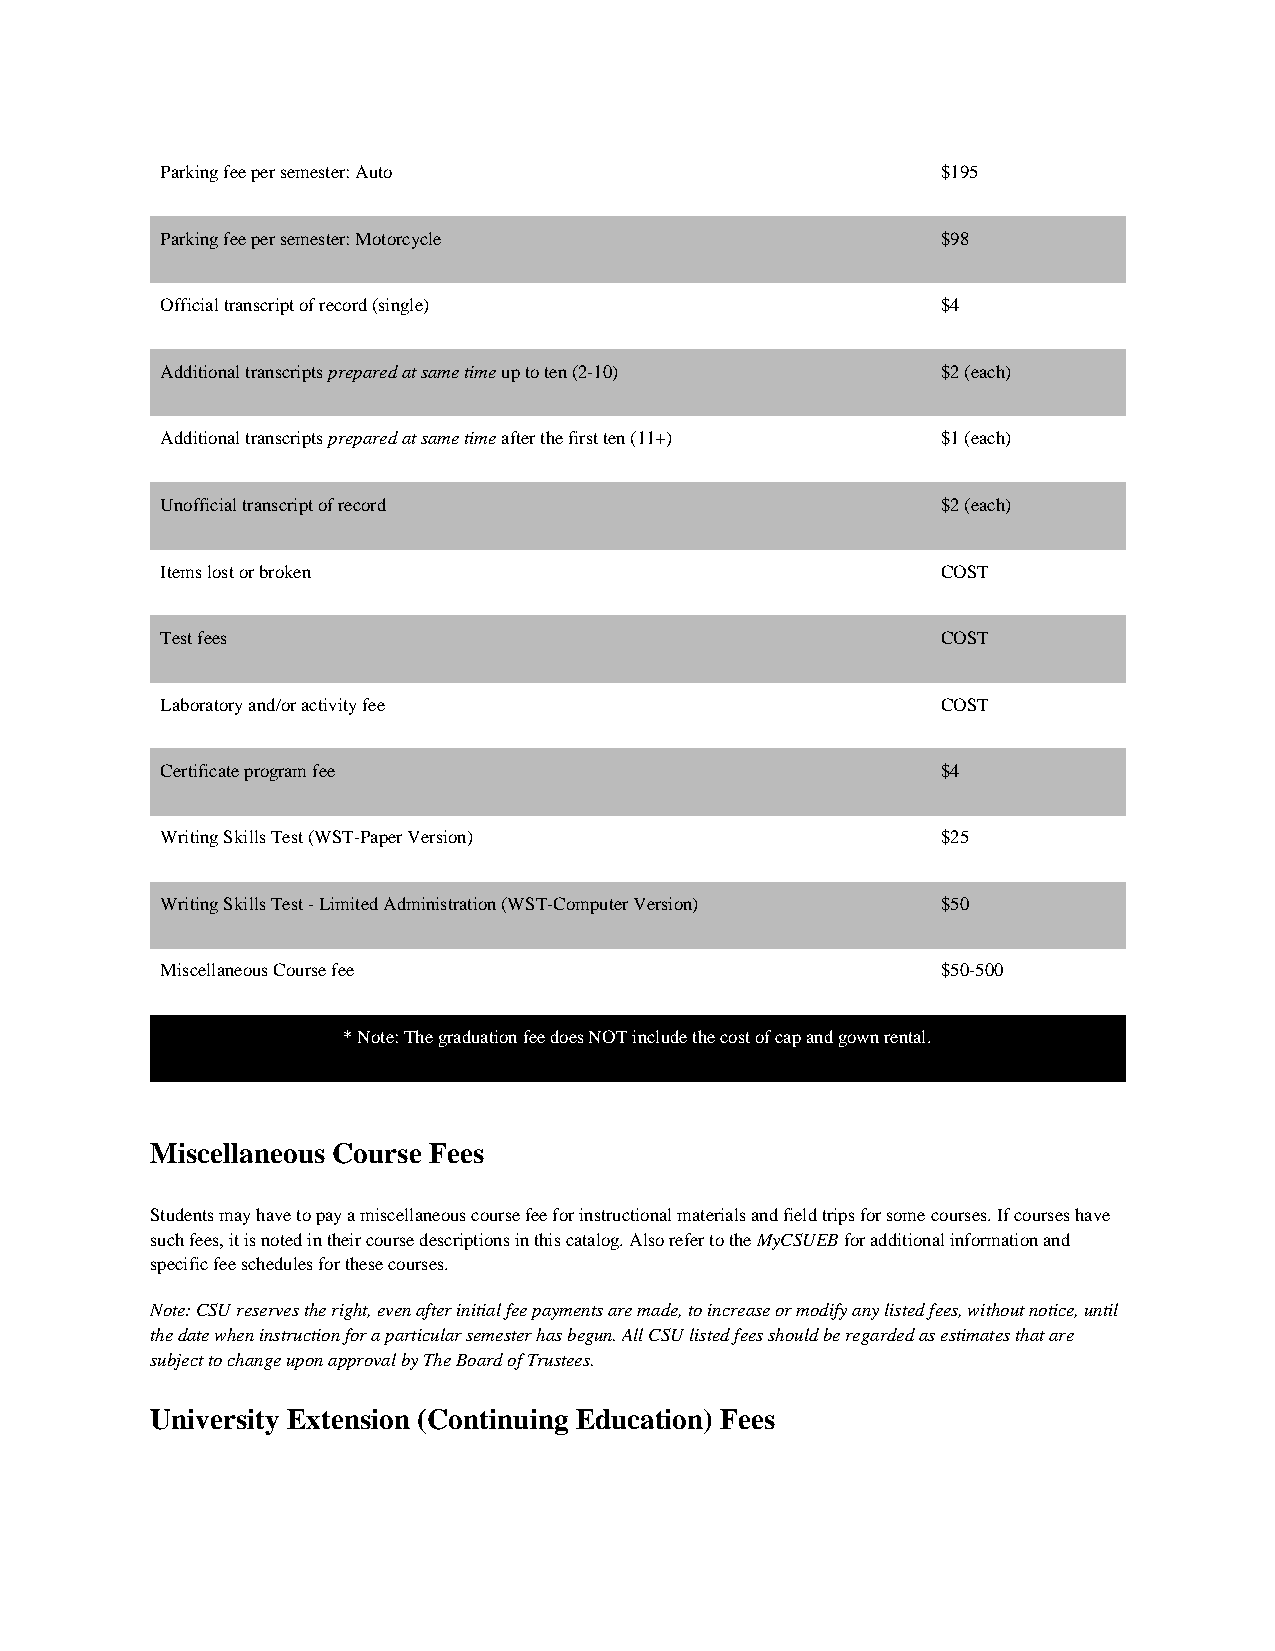
Parking fee per semester: Auto                     $195
 Parking fee per semester: Motorcycle               $98
 Official transcript of record (single)             $4
 Additional transcripts prepared at same time up to ten (2-10) $2 (each)
 Additional transcripts prepared at same time after the first ten (11+) $1 (each)
 Unofficial transcript of record                    $2 (each)
 Items lost or broken                               COST
 Test fees                                          COST
 Laboratory and/or activity fee                     COST
 Certificate program fee                            $4
 Writing Skills Test (WST-Paper Version)            $25
 Writing Skills Test - Limited Administration (WST-Computer Version) $50
 Miscellaneous Course fee                           $50-500
 * Note: The graduation fee does NOT include the cost of cap and gown rental.
 Miscellaneous Course Fees
 Students may have to pay a miscellaneous course fee for instructional materials and field trips for some courses. If courses have
 such fees, it is noted in their course descriptions in this catalog. Also refer to the MyCSUEB for additional information and
 specific fee schedules for these courses.
 Note: CSU reserves the right, even after initial fee payments are made, to increase or modify any listed fees, without notice, until
 the date when instruction for a particular semester has begun. All CSU listed fees should be regarded as estimates that are
 subject to change upon approval by The Board of Trustees.
 University Extension (Continuing Education) Fees